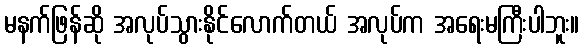
မနက်ဖြန်ဆို အလုပ်သွားနိုင်လောက်တယ် အလုပ်က အရေးမကြီးပါဘူး။